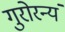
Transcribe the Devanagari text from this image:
गुरोरन्यं